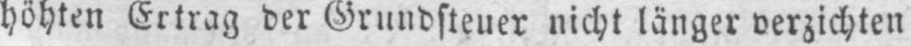
höhten Ertrag der Grundsteuer nicht länger verzichten